Madras plague regulations in force outside the Presidency town - Volume 2
Disease focus: Plague
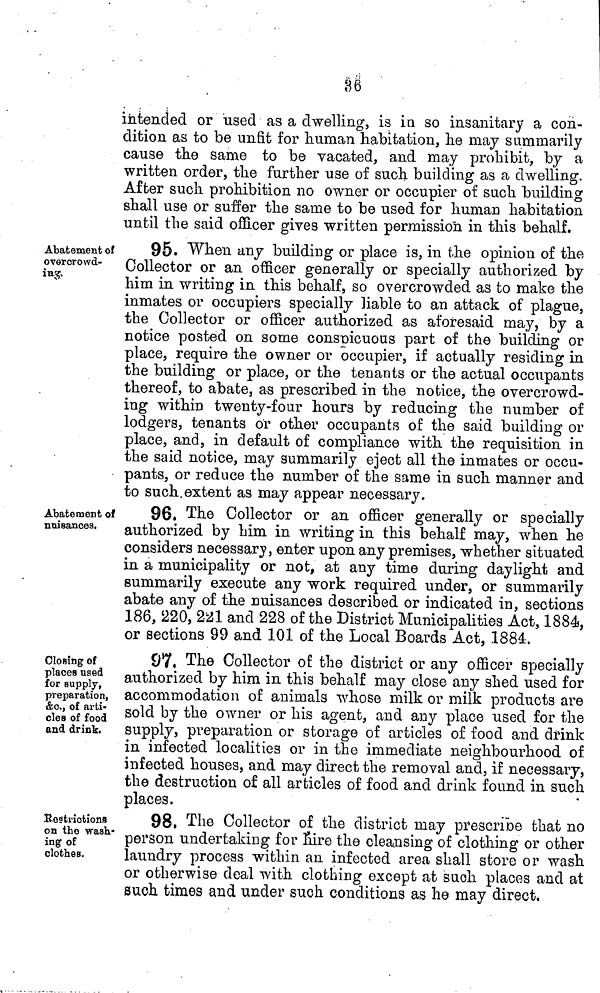
36
intended or used as a dwelling, is in so insanitary a con-
dition as to be unfit for human habitation, he may summarily
cause the same to be vacated, and may prohibit, by a
written order, the further use of such building as a dwelling.
After such prohibition no owner or occupier of such building
shall use or suffer the same to be used for human habitation
until the said officer gives written permission in this behalf.
Abatement of
overcrowd-
ing.
95. When any building or place is, in the opinion of the
Collector or an officer generally or specially authorized by
him in writing in this behalf, so overcrowded as to make the
inmates or occupiers specially liable to an attack of plague,
the Collector or officer authorized as aforesaid may, by a
notice posted on some conspicuous part of the building or
place, require the owner or occupier, if actually residing in
the building or place, or the tenants or the actual occupants
thereof, to abate, as prescribed in the notice, the overcrowd-
ing within twenty-four hours by reducing the number of
lodgers, tenants or other occupants of the said building or
place, and, in default of compliance with the requisition in
the said notice, may summarily eject all the inmates or occu-
pants, or reduce the number of the same in such manner and
to such extent as may appear necessary.
Abatement of
nuisances.
96. The Collector or an officer generally or specially
authorized by him in writing in this behalf may, when he
considers necessary, enter upon any premises, whether situated
in a municipality or not, at any time during daylight and
summarily execute any work required under, or summarily
abate any of the nuisances described or indicated in, sections
186, 220, 221 and 228 of the District Municipalities Act, 1884,
or sections 99 and 101 of the Local Boards Act, 1884.
Closing of
places used
for supply,
preparation,
&c., of arti-
cles of food
and drink.
97. The Collector of the district or any officer specially
authorized by him in this behalf may close any shed used for
accommodation of animals whose milk or milk products are
sold by the owner or his agent, and any place used for the
supply, preparation or storage of articles of food and drink
in infected localities or in the immediate neighbourhood of
infected houses, and may direct the removal and, if necessary,
the destruction of all articles of food and drink found in such
places.
Restrictions
on the wash-
ing of
clothes.
98, The Collector of the district may prescribe that no
person undertaking for hire the cleansing of clothing or other
laundry process within an infected area shall store or wash
or otherwise deal with clothing except at such places and at
such times and under such conditions as he may direct,